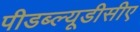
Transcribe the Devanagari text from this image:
पीडब्ल्यूडीसीए